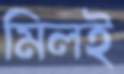
মিলই